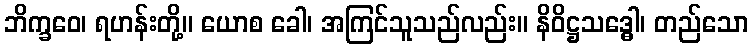
ဘိက္ခဝေ၊ ရဟန်းတို့။ ယောစ ခေါ၊ အကြင်သူသည်လည်း။ နိဝိဋ္ဌသဒ္ဓေါ၊ တည်သော